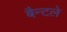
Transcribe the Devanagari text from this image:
बैन्टले